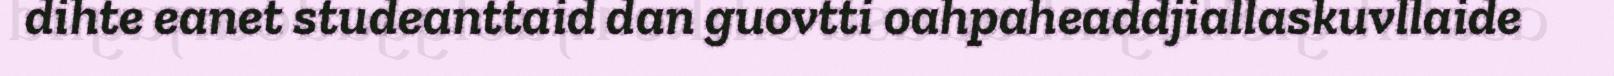
dihte eanet studeanttaid dan guovtti oahpaheaddjiallaskuvllaide